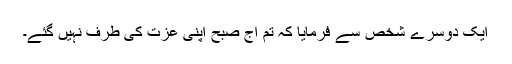
ایک دوسرے شخص سے فرمایا کہ تم آج صبح اپنی عزت کی طرف نہیں گئے۔